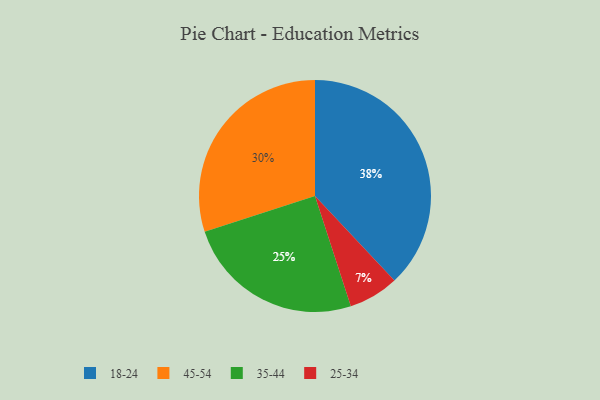
{"axis": {"x": "Category", "y": "Percentage"}, "legend": ["18-24", "25-34", "35-44", "45-54"], "data": [{"x": "18-24", "y": 38, "type": "18-24"}, {"x": "35-44", "y": 25, "type": "35-44"}, {"x": "45-54", "y": 30, "type": "45-54"}, {"x": "25-34", "y": 7, "type": "25-34"}]}